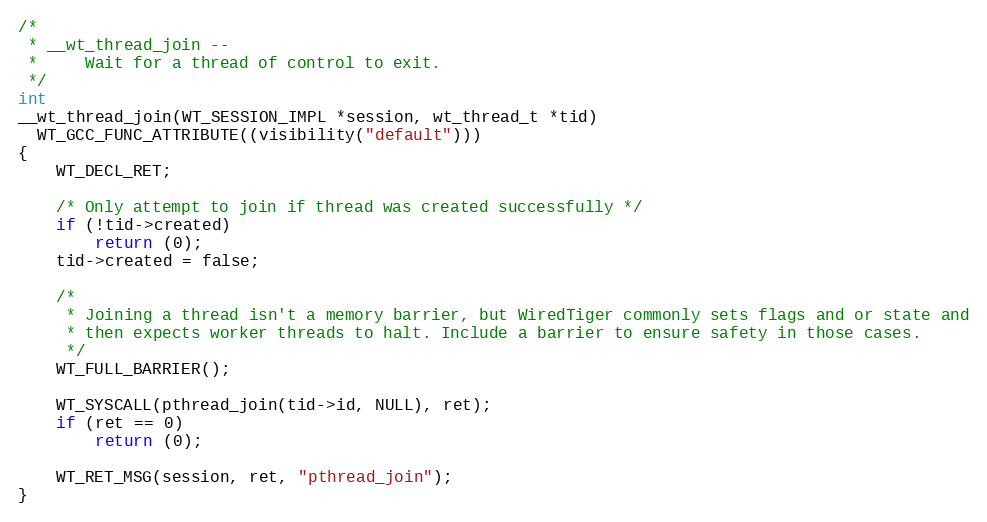
Language: C
/*
 * __wt_thread_join --
 *     Wait for a thread of control to exit.
 */
int
__wt_thread_join(WT_SESSION_IMPL *session, wt_thread_t *tid)
  WT_GCC_FUNC_ATTRIBUTE((visibility("default")))
{
    WT_DECL_RET;

    /* Only attempt to join if thread was created successfully */
    if (!tid->created)
        return (0);
    tid->created = false;

    /*
     * Joining a thread isn't a memory barrier, but WiredTiger commonly sets flags and or state and
     * then expects worker threads to halt. Include a barrier to ensure safety in those cases.
     */
    WT_FULL_BARRIER();

    WT_SYSCALL(pthread_join(tid->id, NULL), ret);
    if (ret == 0)
        return (0);

    WT_RET_MSG(session, ret, "pthread_join");
}